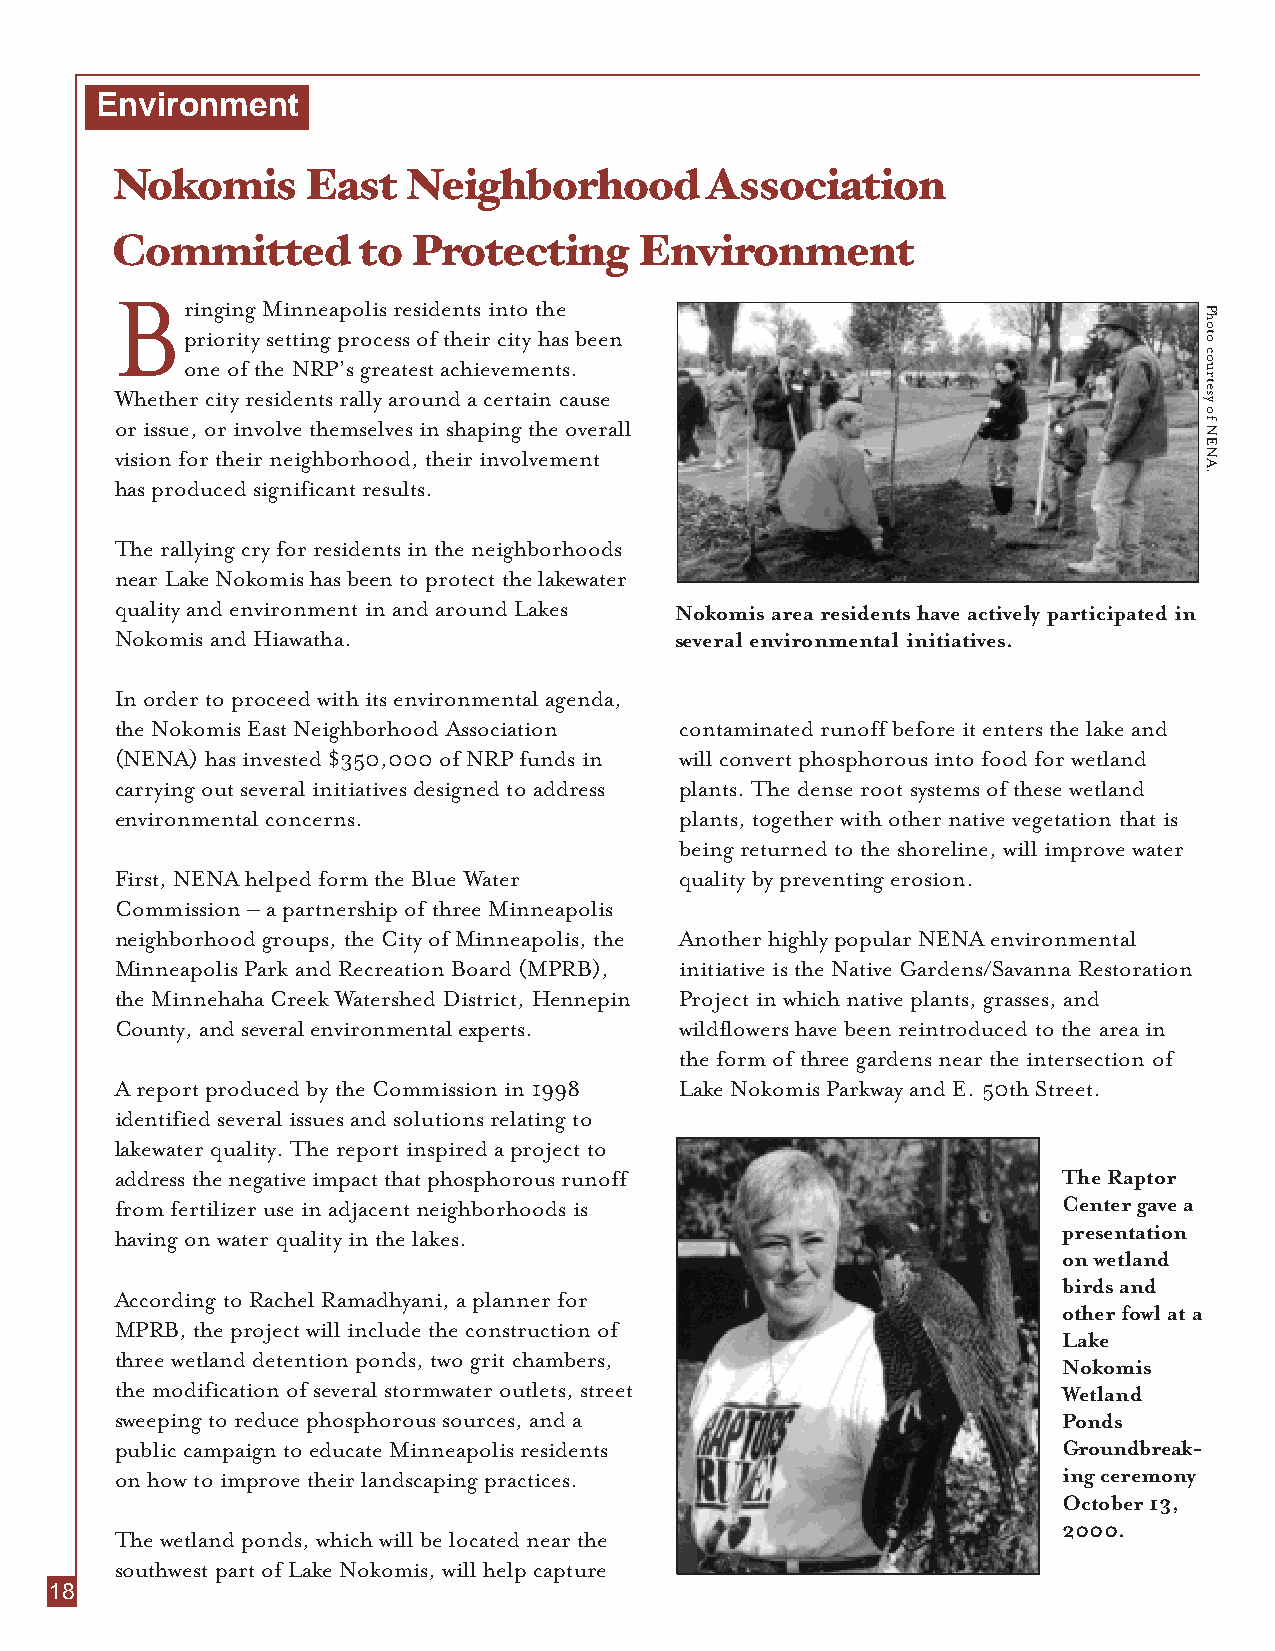
Environment
 Nokomis      East   Neighborhood        Association
 Committed        to Protecting     Environment
 Bringing Minneapolis residents into the
 priority setting process of their city has been
 one of the NRP’s greatest achievements.
 Whether city residents rally around a certain cause
 or issue, or involve themselves in shaping the overall
 vision for their neighborhood, their involvement
 has produced significant results.
 The rallying cry for residents in the neighborhoods
 near Lake Nokomis has been to protect the lakewater
 quality and environment in and around Lakes Nokomis area residents have actively participated in
 Nokomis and Hiawatha.                several environmental initiatives.
 In order to proceed with its environmental agenda,
 the Nokomis East Neighborhood Association contaminated runoff before it enters the lake and
 (NENA) has invested $350,000 of NRP funds in will convert phosphorous into food for wetland
 carrying out several initiatives designed to address plants. The dense root systems of these wetland
 environmental concerns.              plants, together with other native vegetation that is
 being returned to the shoreline, will improve water
 First, NENA helped form the Blue Water quality by preventing erosion.
 Commission – a partnership of three Minneapolis
 neighborhood groups, the City of Minneapolis, the Another highly popular NENA environmental
 Minneapolis Park and Recreation Board (MPRB), initiative is the Native Gardens/Savanna Restoration
 the Minnehaha Creek Watershed District, Hennepin Project in which native plants, grasses, and
 County, and several environmental experts. wildflowers have been reintroduced to the area in
 the form of three gardens near the intersection of
 A report produced by the Commission in 1998 Lake Nokomis Parkway and E. 50th Street.
 identified several issues and solutions relating to
 lakewater quality. The report inspired a project to
 address the negative impact that phosphorous runoff           The Raptor
 from fertilizer use in adjacent neighborhoods is              Center gave a
 presentation
 having on water quality in the lakes.
 on wetland
 birds and
 According to Rachel Ramadhyani, a planner for
 other fowl at a
 MPRB, the project will include the construction of
 Lake
 three wetland detention ponds, two grit chambers,
 Nokomis
 the modification of several stormwater outlets, street        Wetland
 sweeping to reduce phosphorous sources, and a                 Ponds
 public campaign to educate Minneapolis residents              Groundbreak-
 on how to improve their landscaping practices.                ing ceremony
 October 13,
 2000.
 The wetland ponds, which will be located near the
 southwest part of Lake Nokomis, will help capture
 18
 Photo
 courtesy
 of
 NENA.